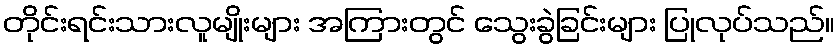
တိုင်းရင်းသားလူမျိုးများ အကြားတွင် သွေးခွဲခြင်းများ ပြုလုပ်သည်။